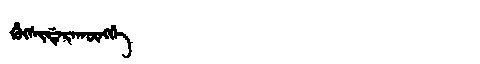
Manchu: ᡥᡠᡴᠰᡳᡩᡝᡵᠠᡴᡡᠩᡤᡝ
Romanization: HUKSIDERAKŪNGGE